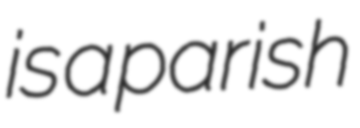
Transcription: is a parish